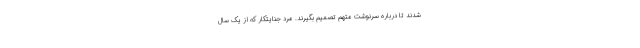
شدند تا درباره سرنوشت متهم تصمیم بگیرند. مرد جنایتکار که از یک سال